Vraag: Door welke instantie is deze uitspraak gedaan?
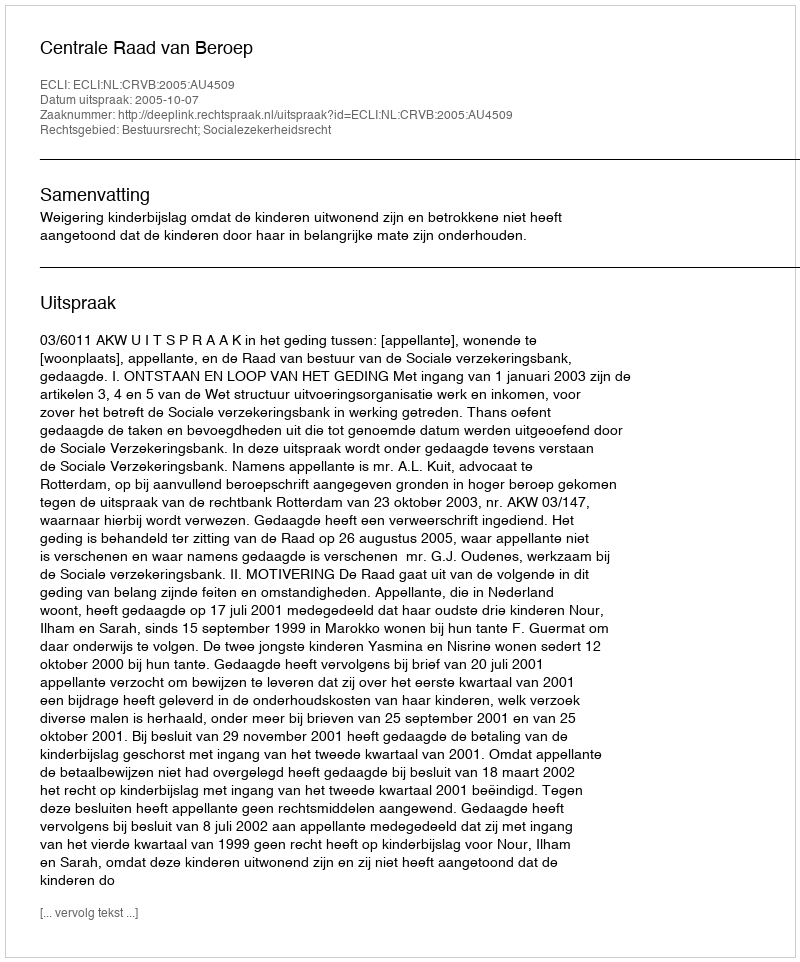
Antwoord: Centrale Raad van Beroep